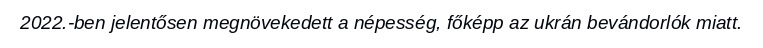
2022.-ben jelentősen megnövekedett a népesség, főképp az ukrán bevándorlók miatt.